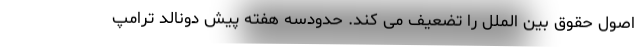
اصول حقوق بین الملل را تضعیف می کند. حدودسه هفته پیش دونالد ترامپ